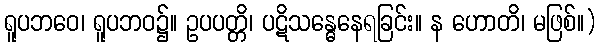
ရူပဘဝေ၊ ရူပဘဝ၌။ ဥပပတ္တိ၊ ပဋိသန္ဓေနေရခြင်း။ န ဟောတိ၊ မဖြစ်။)